Lunatic asylums Punjab 1911-1921 - 1911-1921
Year: 1911
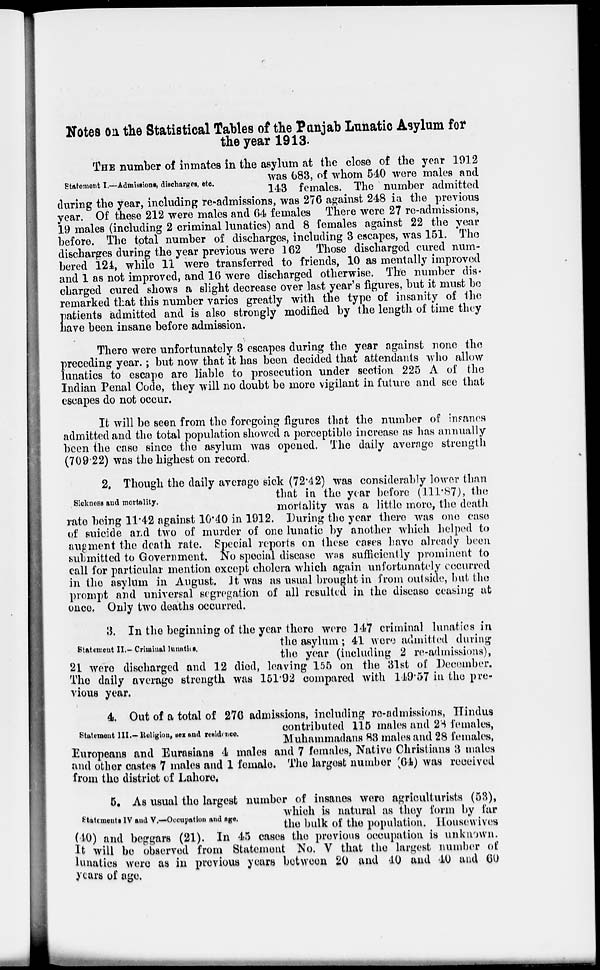
Notes on. the Statistical Tables of the Punjab Lunatic Asylum for
the year 1913.
Statement I.—Admissions, discharges, etc.
THE number of inmates in the asylum at the close of the year 1912
was 683, of whom 540 were males and
143 females. The number admitted
during the year, including re-admissions, was 276 against 248 in the previous
year. Of these 212 were males and 64 females There were 27 re-admissions,
19 males (including 2 criminal lunatics) and 8 females against 22 the year
before. The total number of discharges, including 3 escapes, was 151. The
discharges during the year previous were 162 Those discharged cured num-
bered 124, while 11 were transferred to friends, 10 as mentally improved
and 1 as not improved, and 16 were discharged otherwise. The number dis-
charged cured shows a slight decrease over last year's figures, but it must be
remarked that this number varies greatly with the type of insanity of the
patients admitted and is also strongly modified by the length of time they
have been insane before admission.
There were unfortunately 3 escapes during the year against none the
p receding year.; but now that it has been decided that attendants who allow
lunatics to escape are liable to prosecution under section 225 A of the
Indian Penal Code, they will no doubt be more vigilant in future and see that
escapes do not occur.
It will be seen from the foregoing figures that the number of insanes
admitted and the total population showed a perceptible increase as has annually
been the case since the asylum was opened. The daily average strength
(709.22) was the highest on record.
Sickness and mortality.
2. Though the daily average sick (72.42) was considerably lower than
that in the year before (111.87), the
mortality was a little more, the death
rate being 11.42 against 10.40 in 1912. During the year there was one case
of suicide and two of murder of one lunatic by another which helped to
augment the death rate. Special reports on these cases have already been
submitted to Government. No special disease was sufficiently prominent to
call for particular mention except cholera which again unfortunately occurred
in the asylum in August. It was as usual brought in from outside, but the
prompt and universal segregation of all resulted in the disease ceasing at
once. Only two deaths occurred.
Statement II.- Criminal lunatics.
3. In the beginning of the year there were 147 criminal lunatics in
the asylum; 41 were admitted during
the year (including 2 re-admissions),
21 were discharged and 12 died, leaving 155 on the 31st of December.
The daily average strength was 151.92 compared with 149.57 in the pre-
vious year.
Statement III.-Religion, sex and residence.
4. Out of a total of 276 admissions, including re-admissions, Hindus
contributed 115 males and 28 females,
Muhammadans 83 males and 28 females,
Europeans and Eurasians 4 males and 7 females, Native Christians 3 males
and other castes 7 males and 1 female. The largest number (64) was received
from the district of Lahore.
Statements IV and V.—Occupation and age.
5. As usual the largest number of insanes were agriculturists (53),
which is natural as they form by far
the bulk of the population, Housewives
(40) and beggars (21). In 45 cases the previous occupation is unknown.
It will be observed from Statement No. V that the largest number of
lunatics were as in previous years between 20 and 40 and 40 and 60
years of age.